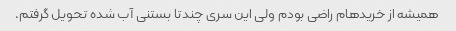
همیشه از خریدهام راضی بودم ولی این سری چندتا بستنی آب شده تحویل گرفتم.